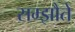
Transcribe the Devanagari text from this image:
सम्झौते